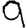
Digit: 9